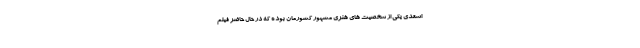
اسعدی یکی از شخصیت های هنری مشهور کشورمان بوده که در حال حاضر فیلم